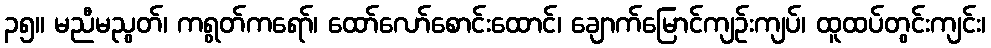
၃၅။ မညီမညွတ်၊ ကရွတ်ကရော်၊ ထော်လော်စောင်းထောင်၊ ချောက်မြောင်ကျဉ်းကျပ်၊ ထူထပ်တွင်းကျင်း၊